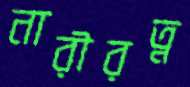
নারীরত্ন